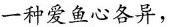
一种爱鱼心各异，